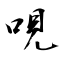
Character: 哯